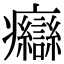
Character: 𤼙